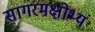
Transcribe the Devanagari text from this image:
सागरमक्षोभ्यं